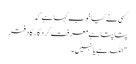
کسی نے کیا خوب کہا ہے کہ
پتا پتا ہے معرفتِ کردگار کا دفتر
"اللہ ہے یا نہیں۔